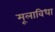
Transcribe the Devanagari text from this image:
मूलाविधा